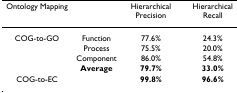
| Ontology Mapping |  | Hierarchical Precision | Hierarchical Recall |
 | --- | --- | --- | --- |
 | COG-to-GO | Function | 77.6% | 24.3% |
 |  | Process | 75.5% | 20.0% |
 |  | Component | 86.0% | 54.8% |
 |  | Average | 79.7% | 33.0% |
 | COG-to-EC |  | 99.8% | 96.6% |